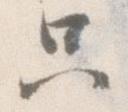
只